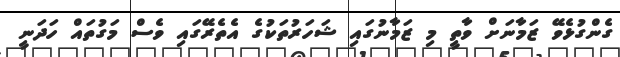
ގެންގުޅެވޭ ޒަމާނަށް ވާތީ މި ޒަމާނުގައި ޝަހަރުތަކުގެ އެތެރޭގައި ވެސް މަގުތައް ހަދަނީ